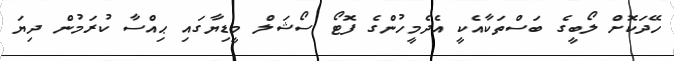
ހޭދަކޮށް ލޯބީގެ ބަސްތަކާއެކީ އެދެމީހުންގެ ފޮޓޯ ސޯޝަލް މީޑިޔާގައި ޙިއްސާ ކުރަމުން ދިޔަ